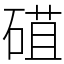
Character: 䃊